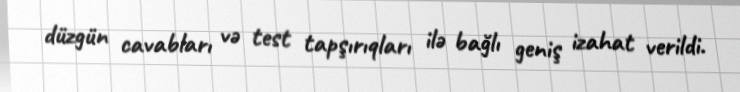
düzgün cavabları və test tapşırıqları ilə bağlı geniş izahat verildi.